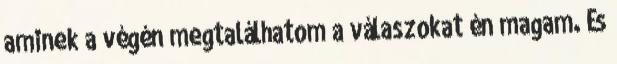
aminek a végén megtalálhatom a válaszokat én magam. És